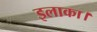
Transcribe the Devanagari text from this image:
इलाका।